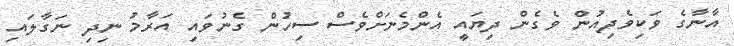
އާނާގެ ވަކިވެދިއުން ވެގެން ދިޔައީ އެންމެނަށްވެސް ސިހުން ގެނުވައި އަރާމު ނިދި ނަގާލައި